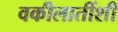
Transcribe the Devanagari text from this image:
वकीलातींशी